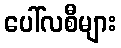
ပေါ်လစီများ